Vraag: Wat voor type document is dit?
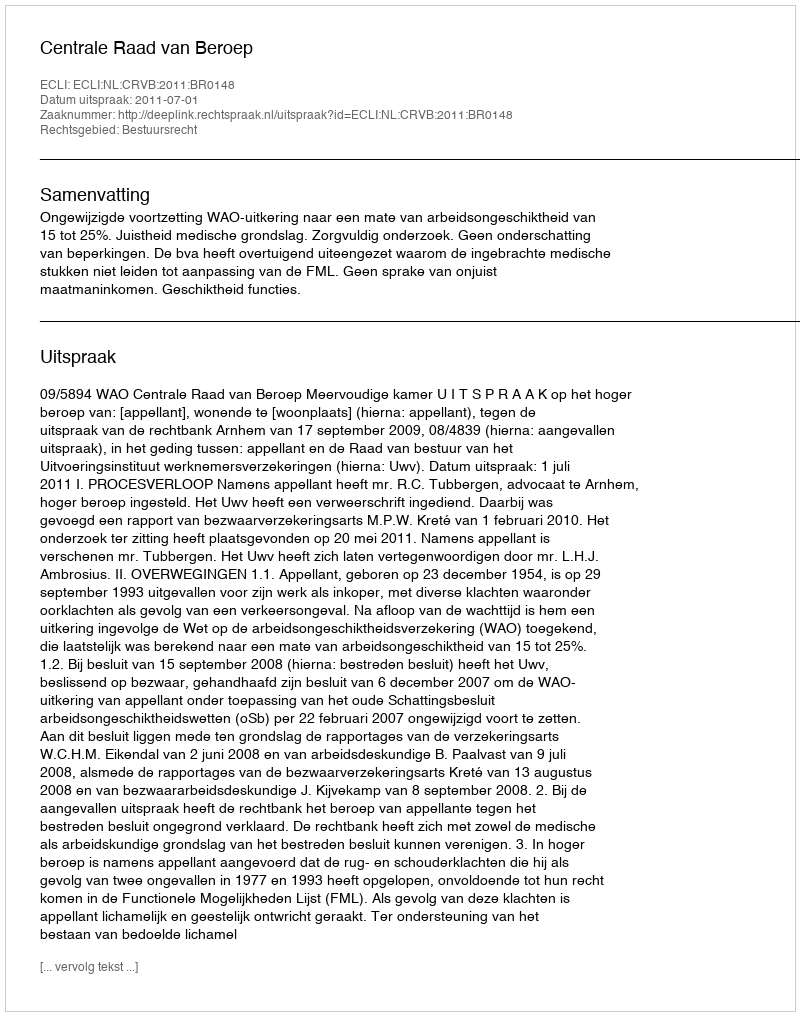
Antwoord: Uitspraak